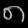
Digit: ၈